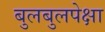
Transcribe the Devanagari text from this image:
बुलबुलपेक्षा